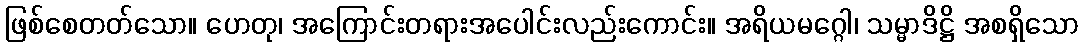
ဖြစ်စေတတ်သော။ ဟေတု၊ အကြောင်းတရားအပေါင်းလည်းကောင်း။ အရိယမဂ္ဂေါ၊ သမ္မာဒိဋ္ဌိ အစရှိသော